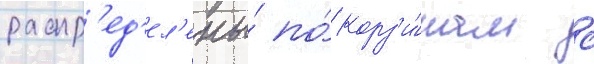
распр'ед'ел'ены́ по́ корз'и́нам с